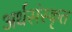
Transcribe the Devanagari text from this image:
अर्धसंस्कृत